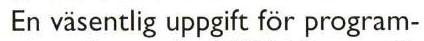
En väsentlig uppgift för program-